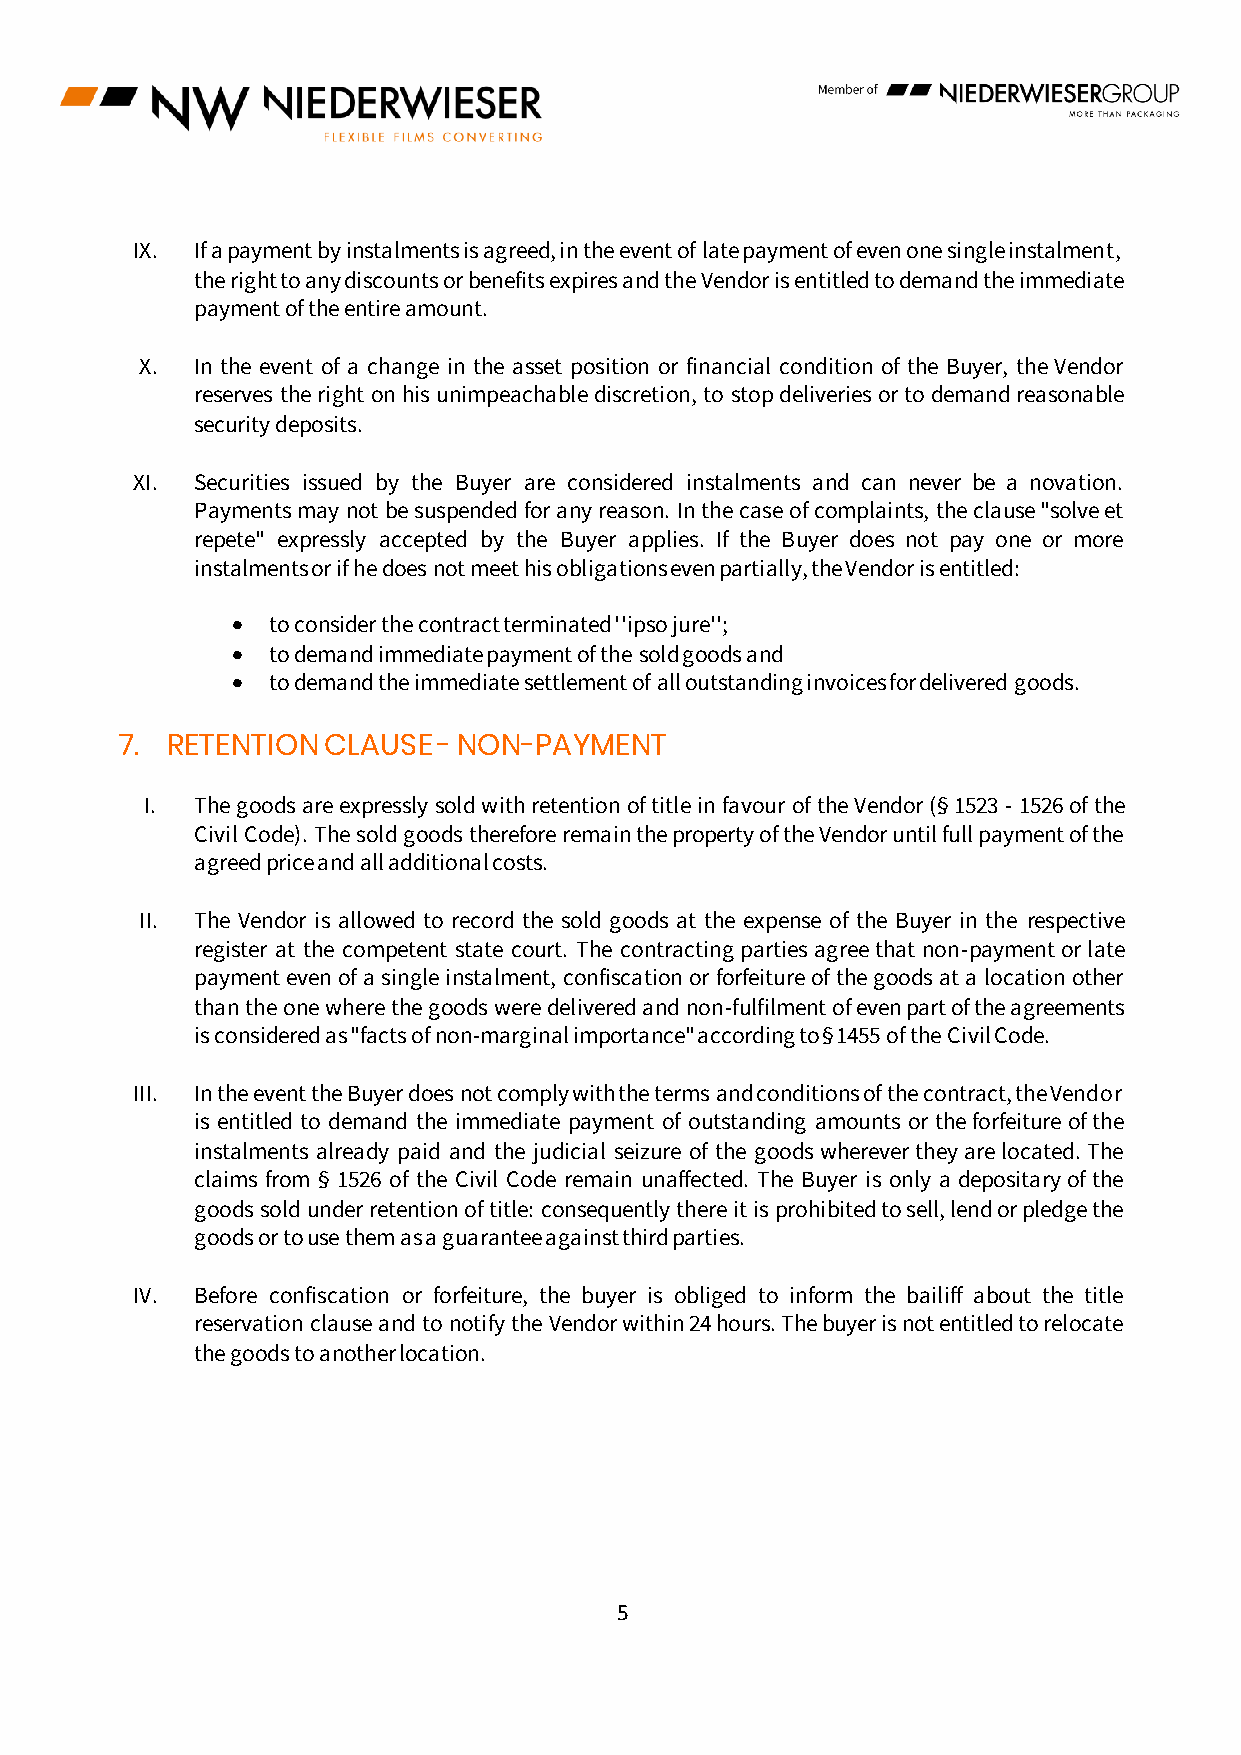
IX. If a payment by instalments is agreed, in the event of late payment of even one single instalment,
 the right to any discounts or benefits expires and the Vendor is entitled to demand the immediate
 payment of the entire amount.
 X.  In the event of a change in the asset position or financial condition of the Buyer, the Vendor
 reserves the right on his unimpeachable discretion, to stop deliveries or to demand reasonable
 security deposits.
 XI. Securities issued by the Buyer are considered instalments and can never be a novation.
 Payments may not be suspended for any reason. In the case of complaints, the clause "solve et
 repete" expressly accepted by the Buyer applies. If the Buyer does not pay one or more
 instalments or if he does not meet his obligations even partially, the Vendor is entitled:
 •  to consider the contract terminated ''ipso jure'';
 •  to demand immediate payment of the sold goods and
 •  to demand the immediate settlement of all outstanding invoices for delivered goods.
 7. RETENTION CLAUSE  - NON-PAYMENT
 I. The goods are expressly sold with retention of title in favour of the Vendor (§ 1523 - 1526 of the
 Civil Code). The sold goods therefore remain the property of the Vendor until full payment of the
 agreed price and all additional costs.
 II. The Vendor is allowed to record the sold goods at the expense of the Buyer in the respective
 register at the competent state court. The contracting parties agree that non-payment or late
 payment even of a single instalment, confiscation or forfeiture of the goods at a location other
 than the one where the goods were delivered and non-fulfilment of even part of the agreements
 is considered as "facts of non-marginal importance" according to § 1455 of the Civil Code.
 III. In the event the Buyer does not comply with the terms and conditions of the contract, the Vendor
 is entitled to demand the immediate payment of outstanding amounts or the forfeiture of the
 instalments already paid and the judicial seizure of the goods wherever they are located. The
 claims from § 1526 of the Civil Code remain unaffected. The Buyer is only a depositary of the
 goods sold under retention of title: consequently there it is prohibited to sell, lend or pledge the
 goods or to use them as a guarantee against third parties.
 IV. Before confiscation or forfeiture, the buyer is obliged to inform the bailiff about the title
 reservation clause and to notify the Vendor within 24 hours. The buyer is not entitled to relocate
 the goods to another location.
 5